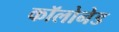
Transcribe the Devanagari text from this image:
कॉलोनेड